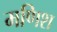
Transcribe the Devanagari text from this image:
मणिश